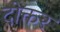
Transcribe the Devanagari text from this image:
दोक्तर